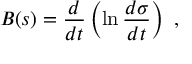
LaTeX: B ( s ) = \frac { d } { d t } \left( \ln { \frac { d \sigma } { d t } } \right) ~ ,